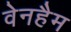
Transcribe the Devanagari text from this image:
वेनहैम